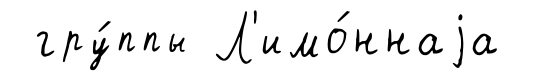
гру́ппы Л'имо́ннаjа